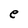
Character: e